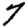
Digit: 7